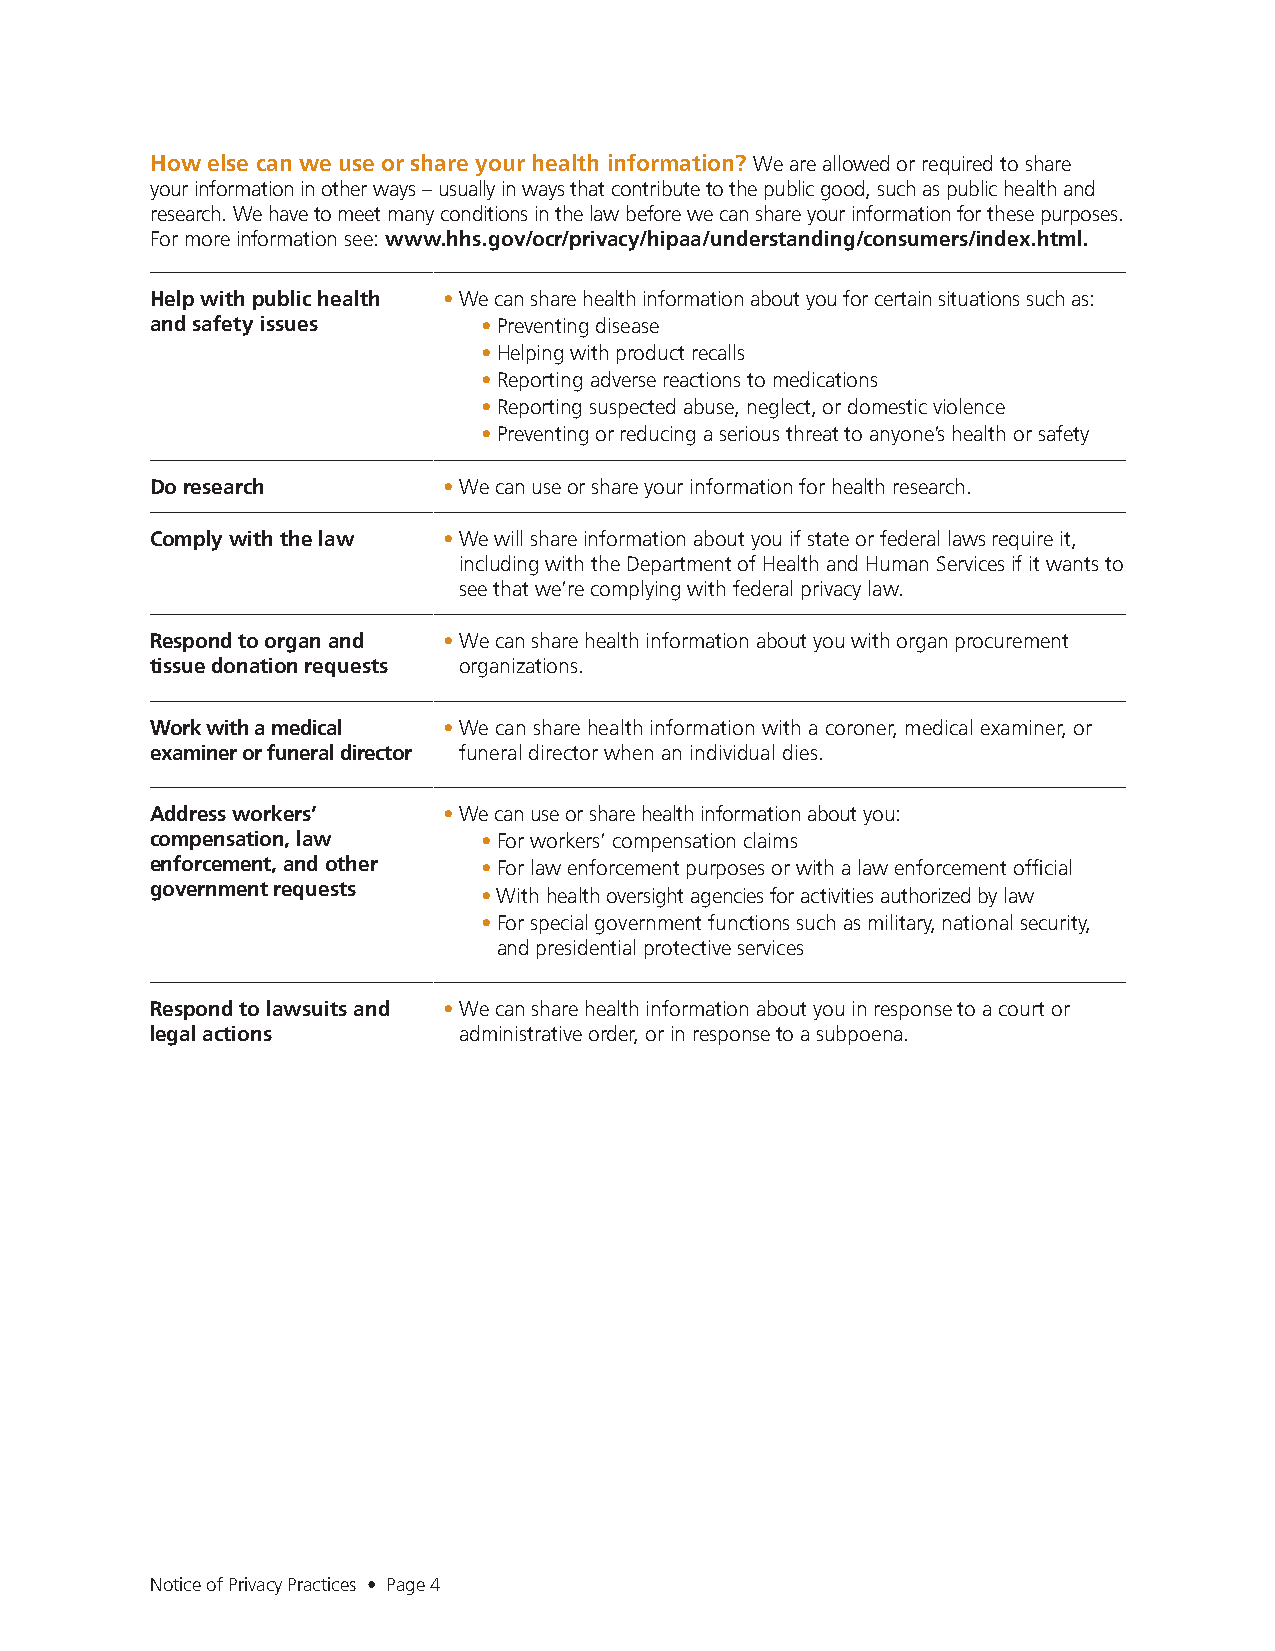
How else can we use or share your health information? We are allowed or required to share
 your information in other ways – usually in ways that contribute to the public good, such as public health and
 research. We have to meet many conditions in the law before we can share your information for these purposes.
 For more information see: www.hhs.gov/ocr/privacy/hipaa/understanding/consumers/index.html.
 Help with public health • We can share health information about you for certain situations such as:
 and safety issues     • Preventing disease
 • Helping with product recalls
 • Reporting adverse reactions to medications
 • Reporting suspected abuse, neglect, or domestic violence
 • Preventing or reducing a serious threat to anyone’s health or safety
 Do research        • We can use or share your information for health research.
 Comply with the law • We will share information about you if state or federal laws require it,
 including with the Department of Health and Human Services if it wants to
 see that we’re complying with federal privacy law.
 Respond to organ and • We can share health information about you with organ procurement
 tissue donation requests organizations.
 Work with a medical • We can share health information with a coroner, medical examiner, or
 examiner or funeral director funeral director when an individual dies.
 Address workers’   • We can use or share health information about you:
 compensation, law     • For workers’ compensation claims
 enforcement, and other • For law enforcement purposes or with a law enforcement official
 government requests
 • With health oversight agencies for activities authorized by law
 • For special government functions such as military, national security,
 and presidential protective services
 Respond to lawsuits and • We can share health information about you in response to a court or
 legal actions       administrative order, or in response to a subpoena.
 Notice of Privacy Practices • Page 4